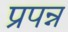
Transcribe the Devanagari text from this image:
प्रपन्न